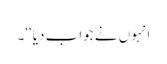
انہوں نے جواب دیا‘‘۔